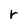
Character: r